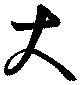
大